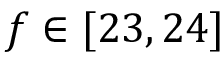
f \in [ 2 3 , 2 4 ]